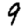
Digit: 9